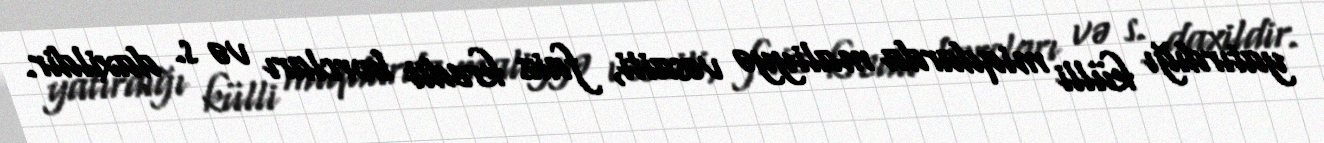
yatırdığı külli miqdarda maliyyə vəsaiti, faiz kredit borcları və s. daxildir.